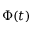
\Phi ( t )